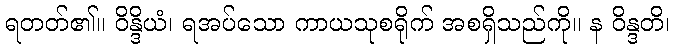
ရတတ်၏။ ဝိန္ဒိယံ၊ ရအပ်သော ကာယသုစရိုက် အစရှိသည်ကို။ န ဝိန္ဒတိ၊